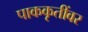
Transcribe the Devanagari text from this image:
पाककृतींवर